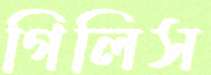
গিলিস